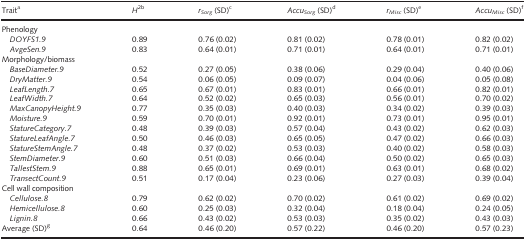
<table><thead><tr><td><b>Traita</b></td><td><b><i>H</i><sup>2</sup>b</b></td><td><b><i>r</i><sub><i>Sorg</i></sub> (SD)c</b></td><td><b><i>Accu</i><sub><i>Sorg</i></sub> (SD)d</b></td><td><b><i>r</i><sub><i>Misc</i></sub> (SD)e</b></td><td><b><i>Accu</i><sub><i>Misc</i></sub> (SD)f</b></td></tr></thead><tbody><tr><td colspan="6">Phenology</td></tr><tr><td> <i>DOYFS1.9</i></td><td>0.89</td><td>0.76 (0.02)</td><td>0.81 (0.02)</td><td>0.78 (0.01)</td><td>0.82 (0.02)</td></tr><tr><td> <i>AvgeSen.9</i></td><td>0.83</td><td>0.64 (0.01)</td><td>0.71 (0.01)</td><td>0.64 (0.01)</td><td>0.71 (0.01)</td></tr><tr><td colspan="6">Morphology/biomass</td></tr><tr><td> <i>BaseDiameter.9</i></td><td>0.52</td><td>0.27 (0.05)</td><td>0.38 (0.06)</td><td>0.29 (0.04)</td><td>0.40 (0.06)</td></tr><tr><td> <i>DryMatter.9</i></td><td>0.54</td><td>0.06 (0.05)</td><td>0.09 (0.07)</td><td>0.04 (0.06)</td><td>0.05 (0.08)</td></tr><tr><td> <i>LeafLength.7</i></td><td>0.65</td><td>0.67 (0.01)</td><td>0.83 (0.01)</td><td>0.66 (0.01)</td><td>0.82 (0.01)</td></tr><tr><td> <i>LeafWidth.7</i></td><td>0.64</td><td>0.52 (0.02)</td><td>0.65 (0.03)</td><td>0.56 (0.01)</td><td>0.70 (0.02)</td></tr><tr><td> <i>MaxCanopyHeight.9</i></td><td>0.77</td><td>0.35 (0.03)</td><td>0.40 (0.03)</td><td>0.34 (0.02)</td><td>0.39 (0.03)</td></tr><tr><td> <i>Moisture.9</i></td><td>0.59</td><td>0.70 (0.01)</td><td>0.92 (0.01)</td><td>0.73 (0.01)</td><td>0.95 (0.01)</td></tr><tr><td> <i>StatureCategory.7</i></td><td>0.48</td><td>0.39 (0.03)</td><td>0.57 (0.04)</td><td>0.43 (0.02)</td><td>0.62 (0.03)</td></tr><tr><td> <i>StatureLeafAngle.7</i></td><td>0.50</td><td>0.46 (0.03)</td><td>0.65 (0.05)</td><td>0.47 (0.02)</td><td>0.66 (0.03)</td></tr><tr><td> <i>StatureStemAngle.7</i></td><td>0.48</td><td>0.37 (0.02)</td><td>0.53 (0.03)</td><td>0.40 (0.02)</td><td>0.58 (0.03)</td></tr><tr><td> <i>StemDiameter.9</i></td><td>0.60</td><td>0.51 (0.03)</td><td>0.66 (0.04)</td><td>0.50 (0.02)</td><td>0.65 (0.03)</td></tr><tr><td> <i>TallestStem.9</i></td><td>0.88</td><td>0.65 (0.01)</td><td>0.69 (0.01)</td><td>0.63 (0.01)</td><td>0.68 (0.02)</td></tr><tr><td> <i>TransectCount.9</i></td><td>0.51</td><td>0.17 (0.04)</td><td>0.23 (0.06)</td><td>0.27 (0.03)</td><td>0.39 (0.04)</td></tr><tr><td colspan="6">Cell wall composition</td></tr><tr><td> <i>Cellulose.8</i></td><td>0.79</td><td>0.62 (0.02)</td><td>0.70 (0.02)</td><td>0.61 (0.02)</td><td>0.69 (0.02)</td></tr><tr><td> <i>Hemicellulose.8</i></td><td>0.60</td><td>0.25 (0.03)</td><td>0.32 (0.04)</td><td>0.18 (0.04)</td><td>0.24 (0.05)</td></tr><tr><td> <i>Lignin.8</i></td><td>0.66</td><td>0.43 (0.02)</td><td>0.53 (0.03)</td><td>0.35 (0.02)</td><td>0.43 (0.03)</td></tr><tr><td>Average (SD)g</td><td>0.64</td><td>0.46 (0.20)</td><td>0.57 (0.22)</td><td>0.46 (0.20)</td><td>0.57 (0.23)</td></tr></tbody></table>